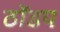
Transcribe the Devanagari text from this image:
ठोंडप